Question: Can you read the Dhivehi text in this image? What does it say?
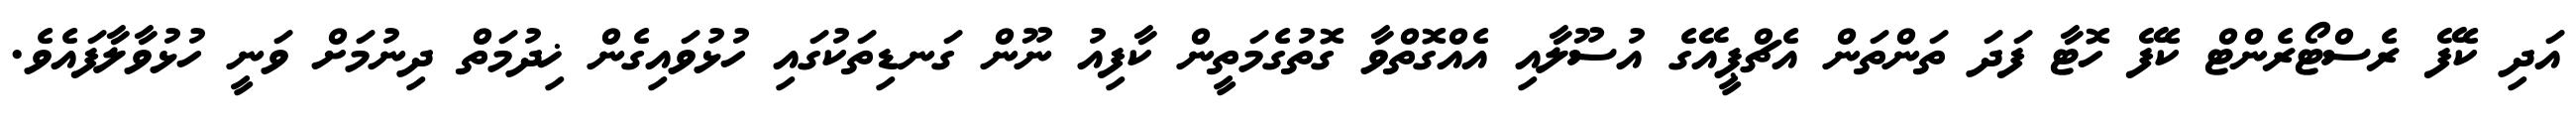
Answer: އަދި ކެފޭ ރެސްޓޯރެންޓް ކެފޭ ހޮޓާ ފަދަ ތަންތަން އެޗްޕީއޭގެ އުސޫލާއި އެއްގޮތްވާ ގޮތުގެމަތީން ކާފިއު ނޫން ގަނޑިތަކުގައި ހުޅުވައިގެން ޚިދުމަތް ދިނުމަށް ވަނީ ހުޅުވާލާފައެވެ.